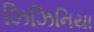
ઝિઝિનિયા